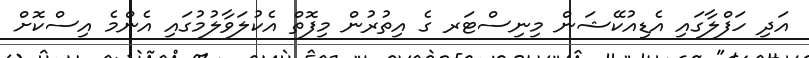
އަދި ހަފްލާގައި އެޑިއުކޭޝަން މިނިސްޓަރ ގެ އިތުރުން މިފޮތް އެކުލަވާލުމުގައި އެންމެ އިސްކޮށް